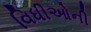
વિધીઓની